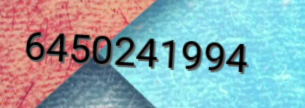
6450241994